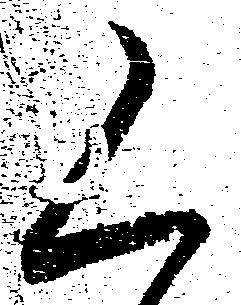
く